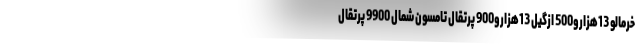
خرمالو 13هزارو500 ازگیل 13هزارو900 پرتقال تامسون شمال 9900 پرتقال